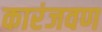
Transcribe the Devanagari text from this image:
कारंजवण